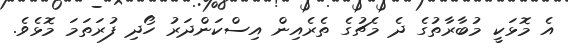
އެ މޮޅަކީ މުބާރާތުގެ ދެ މެޗުގެ ތެރެއިން އިސްކަންދަރު ހޯދި ފުރަތަމަ މޮޅެވެ.